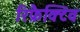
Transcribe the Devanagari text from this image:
रिफ्रैक्टिव